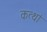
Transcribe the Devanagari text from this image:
कत्थां